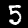
Digit: 5